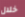
خلال